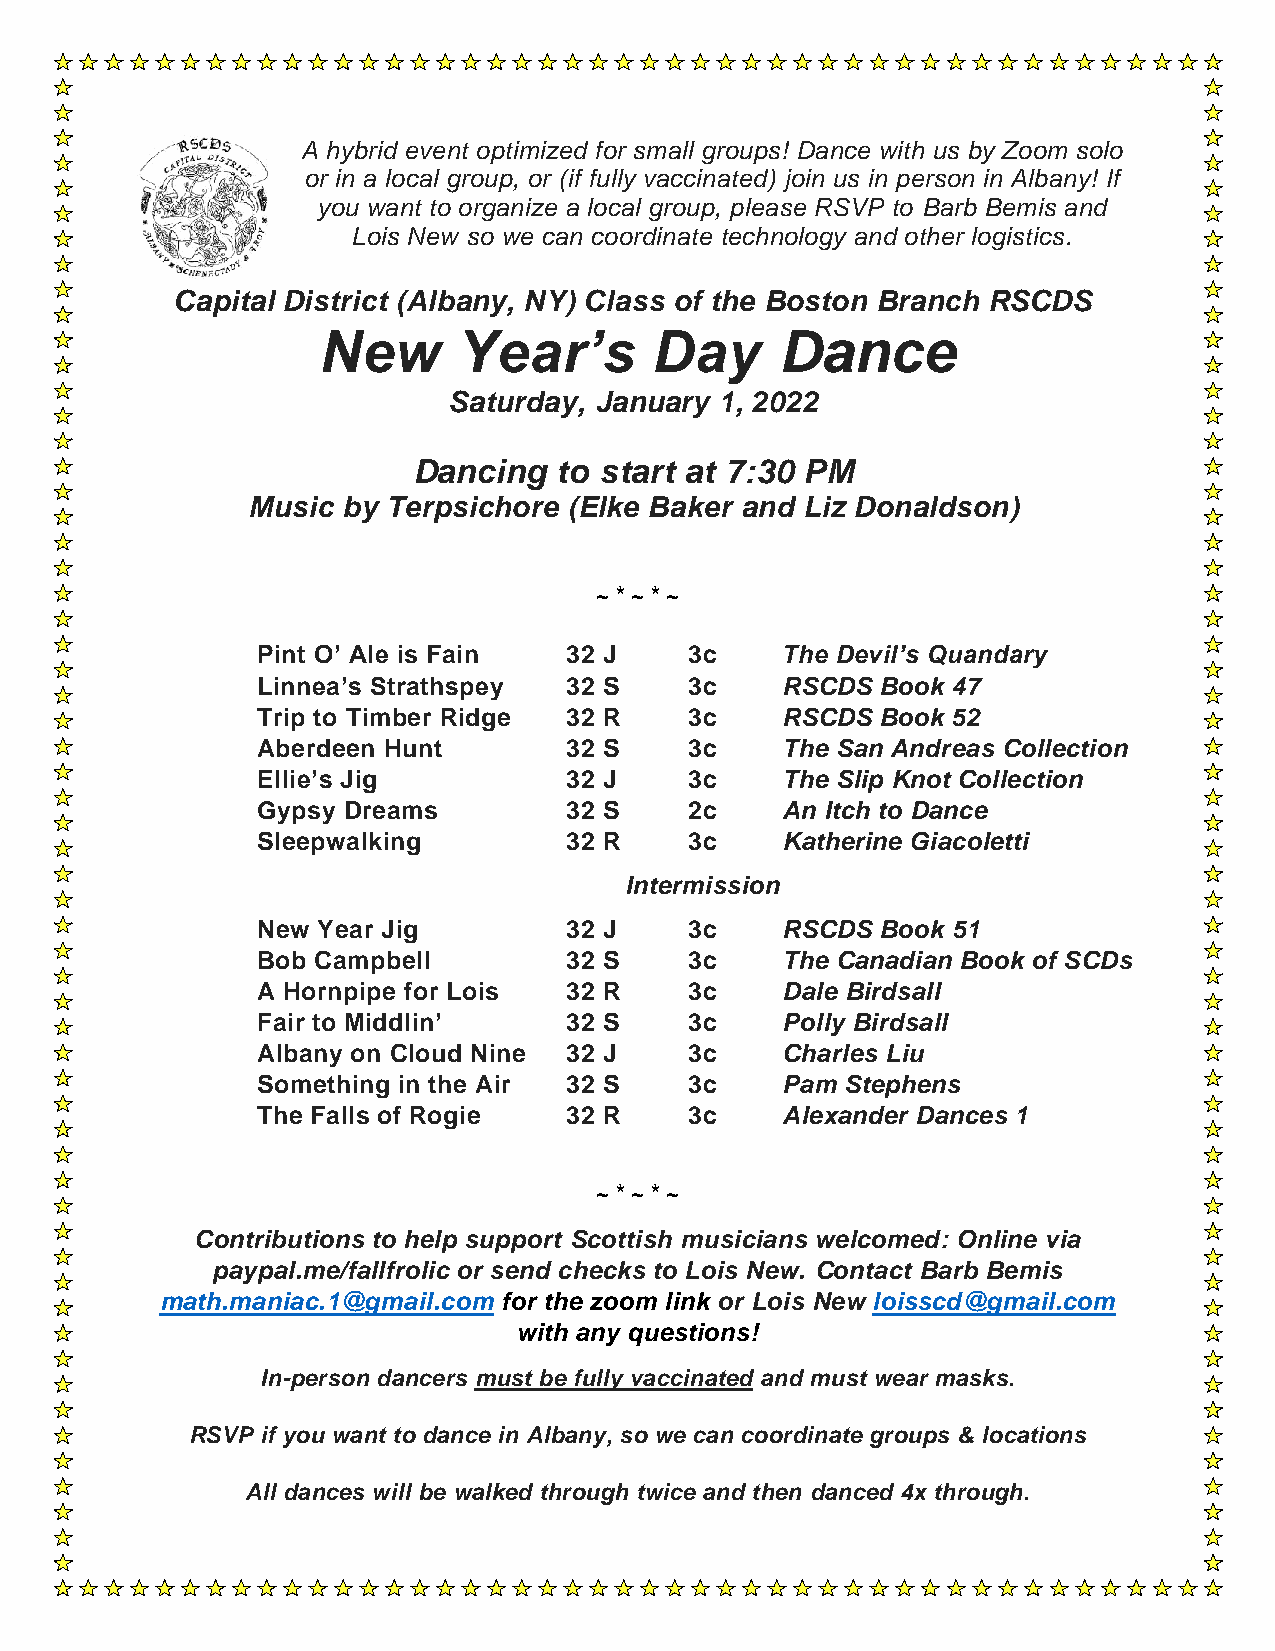
A hybrid event optimized for small groups! Dance with us by Zoom solo
 or in a local group, or (if fully vaccinated) join us in person in Albany! If
 you want to organize a local group, please RSVP to Barb Bemis and
 Lois New so we can coordinate technology and other logistics.
 Capital District (Albany, NY) Class of the Boston Branch RSCDS
 New      Year’s       Day      Dance
 Saturday, January 1, 2022
 Dancing   to start at 7:30 PM
 Music  by Terpsichore (Elke Baker and Liz Donaldson)
 ~ * ~ * ~
 Pint O’ Ale is Fain 32 J     3c    The Devil’s Quandary
 Linnea’s Strathspey 32 S     3c    RSCDS Book 47
 Trip to Timber Ridge 32 R    3c    RSCDS Book 52
 Aberdeen Hunt       32 S     3c    The San Andreas Collection
 Ellie’s Jig         32 J     3c    The Slip Knot Collection
 Gypsy Dreams        32 S     2c    An Itch to Dance
 Sleepwalking        32 R     3c    Katherine Giacoletti
 Intermission
 New Year Jig        32 J     3c    RSCDS Book 51
 Bob Campbell        32 S     3c    The Canadian Book of SCDs
 A Hornpipe for Lois 32 R     3c    Dale Birdsall
 Fair to Middlin’    32 S     3c    Polly Birdsall
 Albany on Cloud Nine 32 J    3c    Charles Liu
 Something in the Air 32 S    3c    Pam Stephens
 The Falls of Rogie  32 R     3c    Alexander Dances 1
 ~ * ~ * ~
 Contributions to help support Scottish musicians welcomed: Online via
 paypal.me/fallfrolic or send checks to Lois New. Contact Barb Bemis
 math.maniac.1@gmail.com for the zoom link or Lois New loisscd@gmail.com
 with any questions!
 In-person dancers must be fully vaccinated and must wear masks.
 RSVP if you want to dance in Albany, so we can coordinate groups & locations
 All dances will be walked through twice and then danced 4x through.